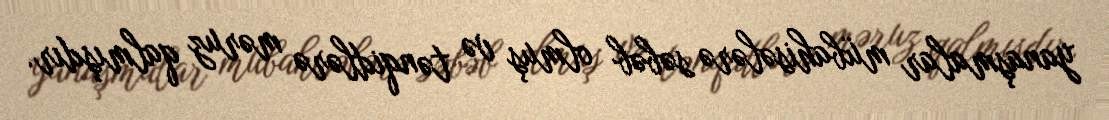
yanaşmalar mübahisələrə səbəb olmuş və tənqidlərə məruz qalmışdır.